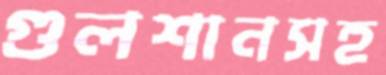
গুলশানসহ